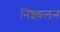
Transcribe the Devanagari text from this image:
निश्‍चलन